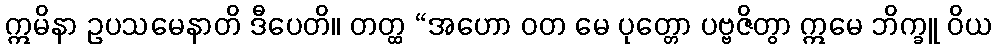
ဣမိနာ ဥပသမေနာတိ ဒီပေတိ။ တတ္ထ “အဟော ဝတ မေ ပုတ္တော ပဗ္ဗဇိတွာ ဣမေ ဘိက္ခူ ဝိယ